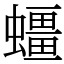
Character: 䗵